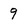
Character: 9